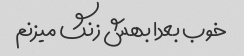
خوب بعدا بهش زنگ میزنم